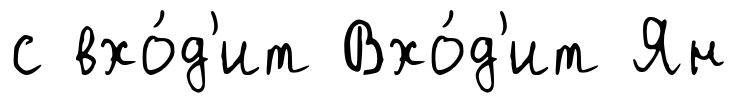
с вхо́д'ит Вхо́д'ит Ян